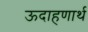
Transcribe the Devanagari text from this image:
ऊदाहणार्थ